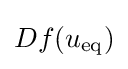
Df(u_{\text{eq}})